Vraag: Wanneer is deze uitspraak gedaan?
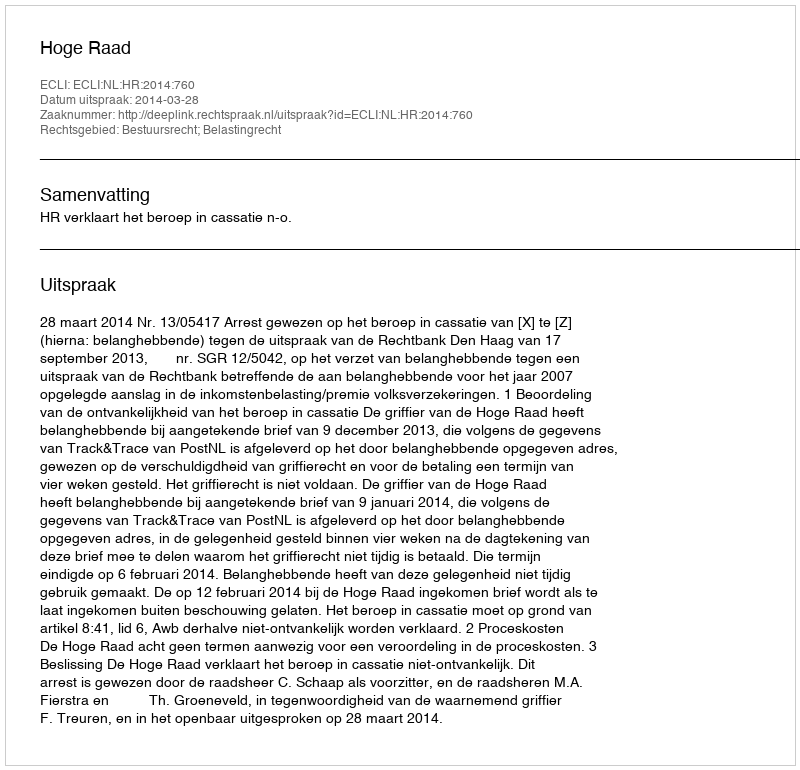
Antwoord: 2014-03-28